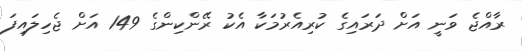
ރާއްޖެ ވަނީ އަށް ދަރައިގެ ކުރިއެރުމަކާ އެކު ރޭންކިންގެ 149 އަށް ޖެހިލައިފަ